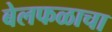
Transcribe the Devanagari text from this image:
बेलफळाचा